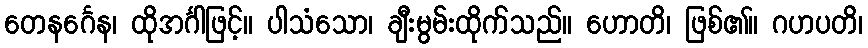
တေနင်္ဂေန၊ ထိုအင်္ဂါဖြင့်။ ပါသံသော၊ ချီးမွမ်းထိုက်သည်။ ဟောတိ၊ ဖြစ်၏။ ဂဟပတိ၊